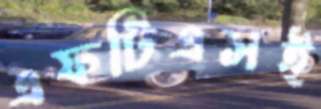
এফটিএসই